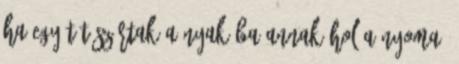
ha egy tűt szúrtak a nyakába.annak hol a nyoma?